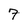
Character: 7